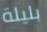
بليلة